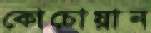
কোচোয়ান